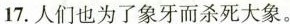
17.人们也为了象牙而杀死大象.